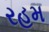
રહમ